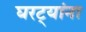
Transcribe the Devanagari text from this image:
घरट्यांना